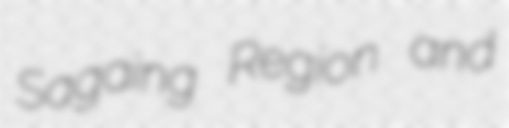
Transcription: Sagaing Region and